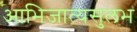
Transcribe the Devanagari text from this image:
आभिजात्यसुलभ